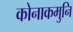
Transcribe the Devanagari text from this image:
कोनाकमुनि